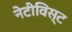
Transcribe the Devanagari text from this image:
नेटीविस्ट